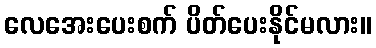
လေအေးပေးစက် ပိတ်ပေးနိုင်မလား။